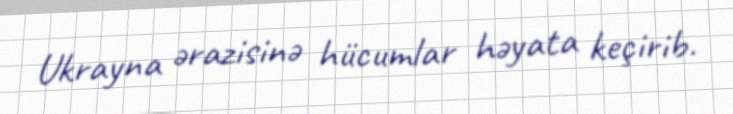
Ukrayna ərazisinə hücumlar həyata keçirib.